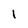
Character: 1